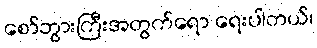
စော်ဘွားကြီးအတွက်ရော ရေးပါတယ်၊